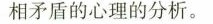
相矛盾的心理的分析。